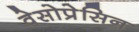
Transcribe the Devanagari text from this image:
वेसोप्रेसिन